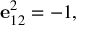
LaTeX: \mathbf { e } _ { 1 2 } ^ { 2 } = - 1 ,